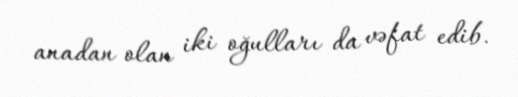
anadan olan iki oğulları da vəfat edib.